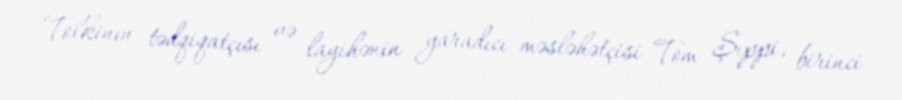
Tolkinın tədqiqatçısı və layihənin yaradıcı məsləhətçisi Tom Şıppi, birinci